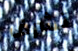
تشرف